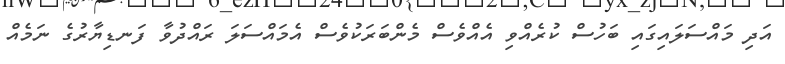
އަދި މައްސަލައިގައި ބަހުސް ކުރެއްވި އެއްވެސް މެންބަރަކުވެސް އެމައްސަލަ ރައްދުވާ ފަނޑިޔާރުގެ ނަމެއް